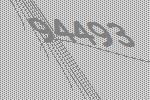
94493